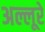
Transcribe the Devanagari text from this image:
अल्लूरे